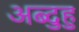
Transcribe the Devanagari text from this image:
अब्दुहु